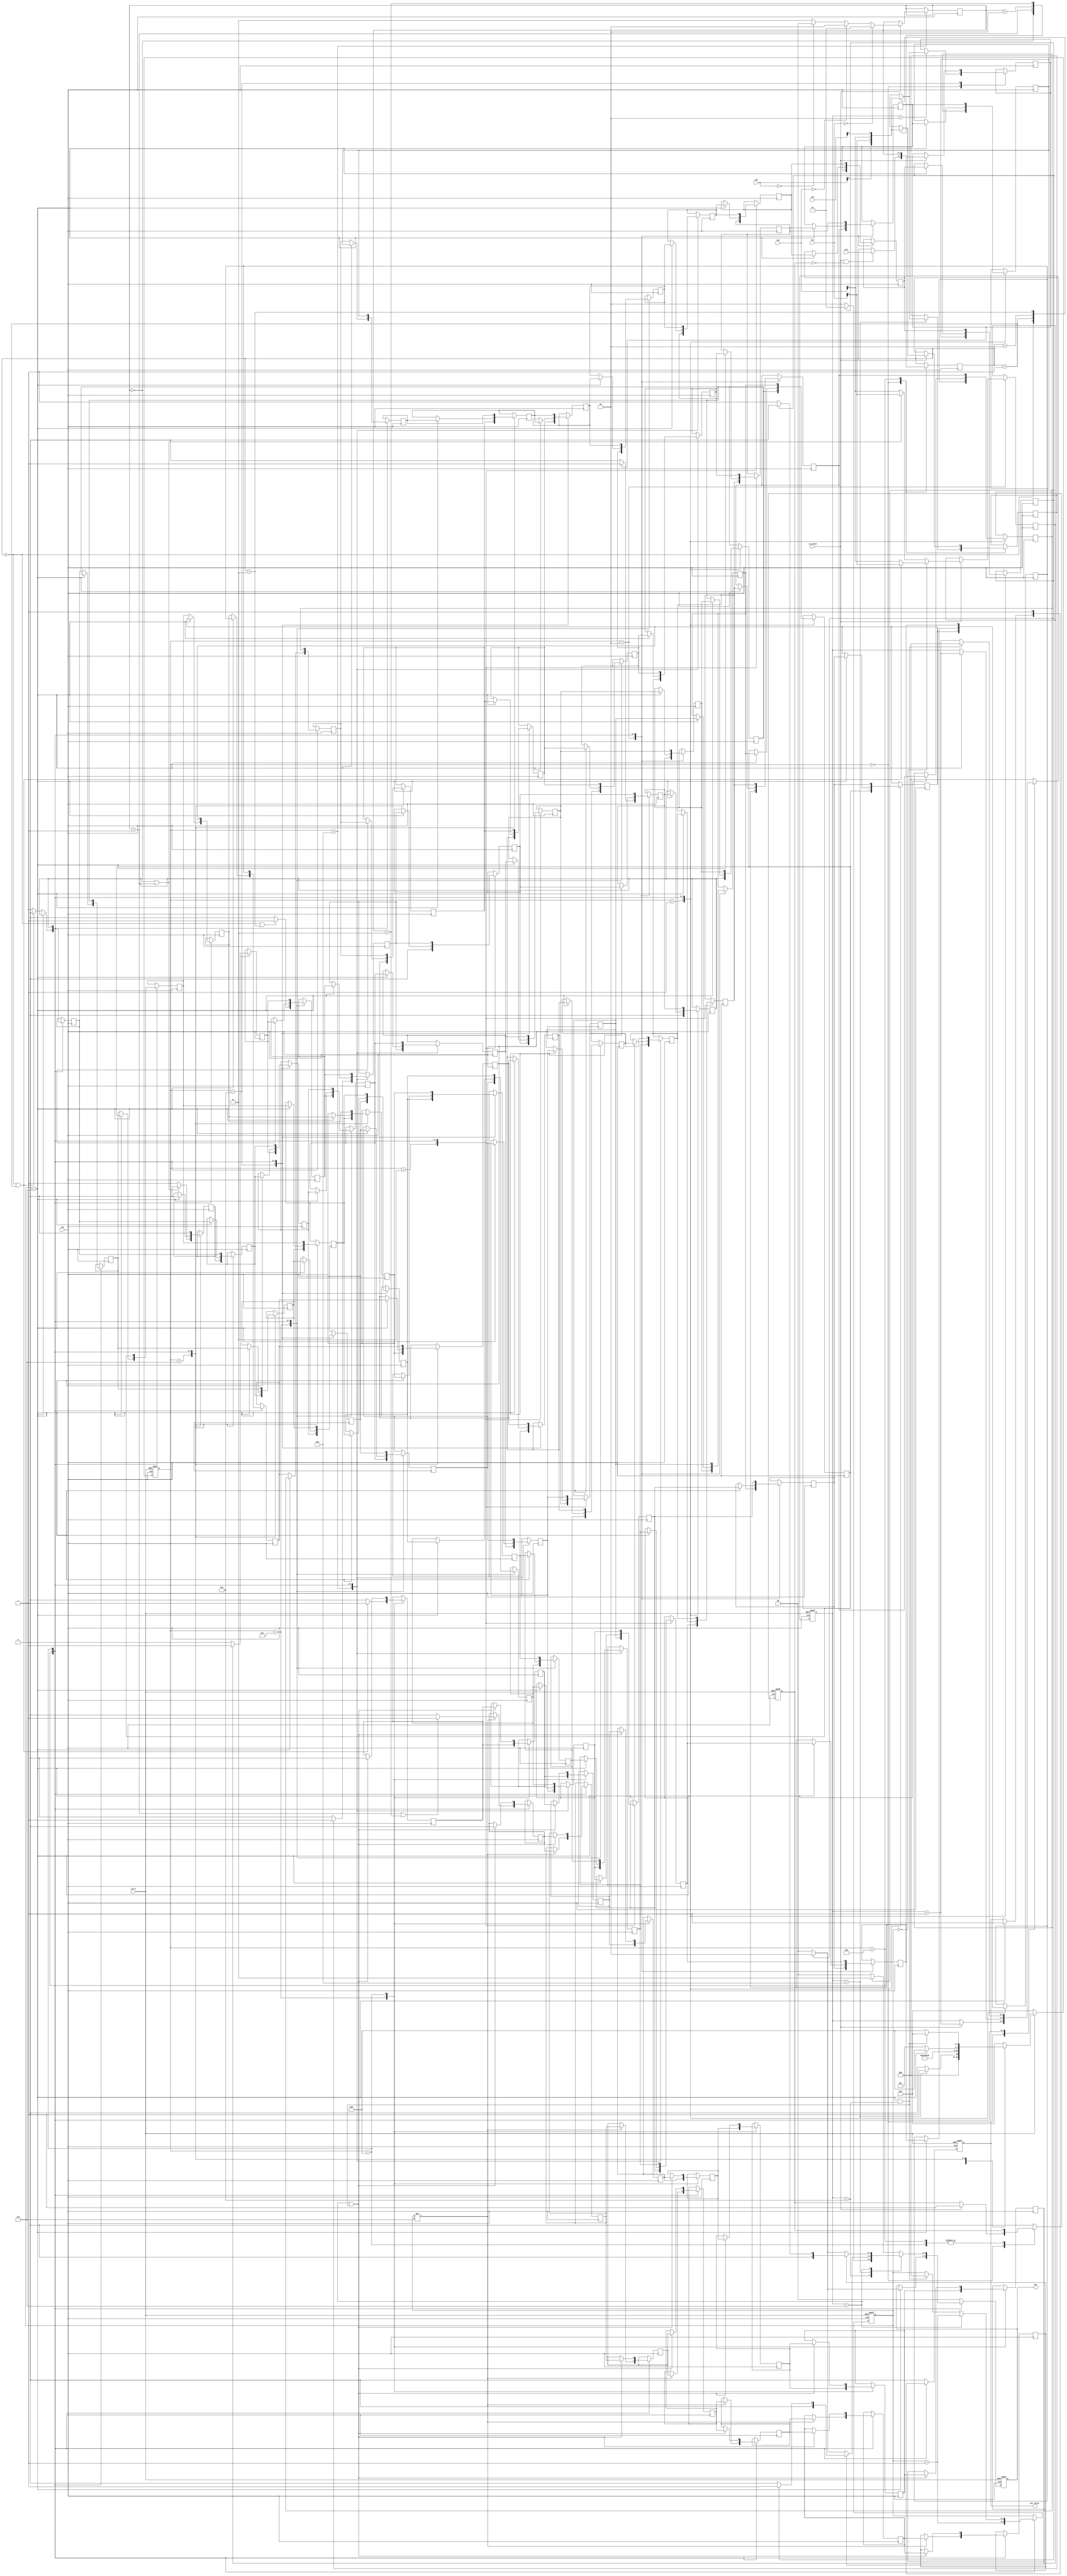
module SUBWAY(
           //Input Port
           clk,
           rst_n,
           in_valid,
           init,
           in0,
           in1,
           in2,
           in3,
           //Output Port
           out_valid,
           out
       );


input clk, rst_n;
input in_valid;
input [1:0] init;
input [1:0] in0, in1, in2, in3;
output reg       out_valid;
output reg [1:0] out;


//==============================================//
//       parameter & integer declaration        //
//==============================================//
parameter IDLE ='d0 ,
          STEP0 ='d1,
          STEP1 ='d2,
          STEP2 ='d3,
          STEP3 ='d4,
          STEP4 ='d5,
          STEP5 ='d6,
          STEP6 ='d7,
          STEP7 ='d8,
          OUTPUT='d9;


//==============================================//
//           reg & wire declaration             //
//==============================================//
reg [3:0] current_state,next_state;
reg out_reg[0:62];
reg [1:0]set_row,next_row;
reg[2:0] inflag;
reg flag;
reg [2:0]round;
reg map2,map4,map6;
reg control4[0:7];
reg control7[0:6];
wire in_row[0:3];
assign in_row[0]=in0[0];
assign in_row[1]=in1[0];
assign in_row[2]=in2[0];
assign in_row[3]=in3[0];
//==============================================//
//                  design                      //
//==============================================//
//current_state
always @(posedge clk or negedge rst_n) begin
    if(!rst_n) current_state <= IDLE;
    else  current_state <=next_state;
end
//next state
always @(*) begin
    if (!rst_n) next_state=IDLE;
    else begin
        case (current_state)
            IDLE:begin
                if(inflag==4)
                    next_state=STEP0;
                else
                    next_state=IDLE;
            end
            STEP0:next_state=STEP1;
            STEP1:next_state=STEP2;
            STEP2:next_state=STEP3;
            STEP3:next_state=STEP4;
            STEP4:next_state=STEP5;
            STEP5:next_state=STEP6;
            STEP6:next_state=STEP7;
            STEP7:begin
                if (round==3'd7) begin
                    next_state=OUTPUT;
                end
                else
                    next_state=STEP0;
            end
            OUTPUT:begin
                if (round==3'd7&&inflag==3'd6) begin
                    next_state=IDLE;
                end
                else
                    next_state=OUTPUT;
            end
            default:next_state=IDLE;
        endcase
    end
end

always @(posedge clk or negedge rst_n) begin
    if(!rst_n)begin
        inflag<=0;
        flag<=0;
    end
    else begin
        case (current_state)
            IDLE:begin
                if(in_valid)
                begin
                    inflag<=inflag+1;
                    flag<=1;
                end

            end
            STEP7:begin
                if(round==3'd7)
                    inflag<=inflag+1;
            end
            OUTPUT:begin
                if(round==3'd7&&inflag==3'd6)
                    inflag<=0;
                else
                    inflag<=inflag+1;

            end
            default:
            begin
                inflag<=0;
                flag<=0;
            end
        endcase
    end
end
always @(posedge clk or negedge rst_n) begin
    if(!rst_n)
    begin
        round<=0;
    end
    else
    begin
        case (current_state)

            STEP7: begin
                round<=round+1;
            end
            OUTPUT:begin
                if(inflag==3'd7)
                    round<=round+1;
                else if(round==3'd7&&inflag==3'd6)
                    round<=0;
                else
                    round<=round;
            end

            default: round<=round;
        endcase
    end
end

always @(posedge clk /*or negedge rst_n*/) begin
    /*if(!rst_n)begin
        map2<=0;
        map4<=0;
        map6<=0;
    end
    else */begin
        case (current_state)
            IDLE:begin
                if(inflag==3'd2)
                    map2<=in_row[set_row];
                else
                    map2<=map2;
                if(inflag==3'd4)
                    map4<=in_row[set_row];
                else
                    map4<=map4;
            end
            STEP5:begin
                if(in_valid)
                begin
                    map2<=in_row[next_row];
                end
                else
                    map2<=map2;
            end
            STEP7:begin
                if(in_valid)
                begin
                    map4<=in_row[next_row];
                end
                else
                    map4<=map4;
            end
            STEP1:begin
                if(in_valid)
                begin
                    if(round==0)
                    begin
                        if(set_row==0||set_row==1)
                            map6<=in_row[1];
                        else
                            map6<=in_row[2];
                    end
                    else
                    begin
                        if(next_row==0||next_row==1)
                            map6<=in_row[1];
                        else
                            map6<=in_row[2];
                    end

                end
                else
                    map6<=map6;
            end

            default: begin
                map2<=map2;
                map4<=map4;
                map6<=map6;
            end
        endcase
    end
end

always @(posedge clk /*or negedge rst_n*/) begin
    /*if(!rst_n)begin
        next_row<=0;
    end
    else*/
    begin
        case (current_state)
            STEP3:begin
                if (in_valid) begin
                    if(in1==0)
                        next_row<=1;
                    else if(in2==0)
                        next_row<=2;
                    else if(in0==0)
                        next_row<=0;
                    else
                        next_row<=3;
                end
                else
                    next_row<=next_row;
            end
            default: next_row<=next_row;
        endcase
    end
end
always @(posedge clk /*or negedge rst_n*/) begin
    /*if (!rst_n) begin
        set_row<=0;
    end
    else */begin
        case (current_state)
            IDLE:begin
                if (in_valid&&!flag) begin
                    set_row<=init;
                end
                else
                    set_row<=set_row;
            end
            STEP7:begin
                set_row<=next_row;
            end
            default: begin
                set_row<=set_row;
            end
        endcase
    end
end
integer i;
always @(posedge clk /*or negedge rst_n*/) begin
    /*if (!rst_n) begin
        for(i=0;i<63;i=i+1)
        begin
            out_reg[i]<=0;
        end
    end
    else*/
    begin
        case (current_state)
            STEP0:begin
                out_reg[56]<=0;
                out_reg[48]<=out_reg[56];
                out_reg[40]<=out_reg[48];
                out_reg[32]<=out_reg[40];
                out_reg[24]<=out_reg[32];
                out_reg[16]<=out_reg[24];
                out_reg[8]<=out_reg[16];
                out_reg[0]<=out_reg[8];
            end
            STEP1:begin
                if(map2==2'b01)
                    out_reg[57]<=1;
                else
                    out_reg[57]<=0;
                out_reg[1]<=out_reg[9];
                out_reg[9]<=out_reg[17];
                out_reg[17]<=out_reg[25];
                out_reg[25]<=out_reg[33];
                out_reg[33]<=out_reg[41];
                out_reg[41]<=out_reg[49];
                out_reg[49]<=out_reg[57];

            end
            STEP2:begin
                out_reg[58]<=0;
                out_reg[2]<=out_reg[10];
                out_reg[10]<=out_reg[18];
                out_reg[18]<=out_reg[26];
                out_reg[26]<=out_reg[34];
                out_reg[34]<=out_reg[42];
                out_reg[42]<=out_reg[50];
                out_reg[50]<=out_reg[58];


            end
            STEP3:begin
                if(map4==2'b01)
                    out_reg[59]<=1;
                else
                    out_reg[59]<=0;
                out_reg[3]<=out_reg[11];
                out_reg[11]<=out_reg[19];
                out_reg[19]<=out_reg[27];
                out_reg[27]<=out_reg[35];
                out_reg[35]<=out_reg[43];
                out_reg[43]<=out_reg[51];
                out_reg[51]<=out_reg[59];
            end
            STEP4:begin
                if (set_row==0||set_row==3)
                    out_reg[60]<=1;
                else
                    out_reg[60]<=0;
                out_reg[4]<=out_reg[12];
                out_reg[12]<=out_reg[20];
                out_reg[20]<=out_reg[28];
                out_reg[28]<=out_reg[36];
                out_reg[36]<=out_reg[44];
                out_reg[44]<=out_reg[52];
                out_reg[52]<=out_reg[60];

            end
            STEP5:begin
                if(map6==2'b01)
                    out_reg[61]<=1;
                else
                    out_reg[61]<=0;
                out_reg[5]<=out_reg[13];
                out_reg[13]<=out_reg[21];
                out_reg[21]<=out_reg[29];
                out_reg[29]<=out_reg[37];
                out_reg[37]<=out_reg[45];
                out_reg[45]<=out_reg[53];
                out_reg[53]<=out_reg[61];

            end
            STEP6:begin
                begin
                    if(next_row==0||next_row==1)
                        out_reg[62]<=0;
                    else
                        out_reg[62]<=1;
                    out_reg[6]<=out_reg[14];
                    out_reg[14]<=out_reg[22];
                    out_reg[22]<=out_reg[30];
                    out_reg[30]<=out_reg[38];
                    out_reg[38]<=out_reg[46];
                    out_reg[46]<=out_reg[54];
                    out_reg[54]<=out_reg[62];
                end


            end
            STEP7:begin
                if(round==7)
                begin
                    for (i = 0; i<61; i=i+1) begin
                        out_reg[i]<=out_reg[i+1];
                    end
                    out_reg[62]<=0;
                end
                else
                begin
                    if(set_row==0||set_row==1)
                        out_reg[55]<=0;
                    else
                        out_reg[55]<=1;
                    out_reg[7]<=out_reg[15];
                    out_reg[15]<=out_reg[23];
                    out_reg[23]<=out_reg[31];
                    out_reg[31]<=out_reg[39];
                    out_reg[39]<=out_reg[47];
                    out_reg[47]<=out_reg[55];
                end


            end
            OUTPUT:begin
                for (i = 0; i<61; i=i+1) begin
                    out_reg[i]<=out_reg[i+1];
                end
                out_reg[62]<=0;
            end

            default:begin
                for(i=0;i<63;i=i+1)
                begin
                    out_reg[i]<=out_reg[i];
                end
            end
        endcase
    end
end
always @(posedge clk /*or negedge rst_n*/) begin
    /*if(!rst_n)
    begin
        for (i = 0; i<8;i=i+1 ) begin
            control4[i]<=0;
        end
        for (i = 0; i<7;i=i+1 ) begin
            control7[i]<=0;
        end
    end
    else */begin
        case (current_state)
            STEP4:begin
                if(set_row==0||set_row==1)
                    control4[7]<=1;
                else
                    control4[7]<=0;
                control4[0]<=control4[1];
                control4[1]<=control4[2];
                control4[2]<=control4[3];
                control4[3]<=control4[4];
                control4[4]<=control4[5];
                control4[5]<=control4[6];
                control4[6]<=control4[7];
            end
            STEP7:begin
                if(round!=3'd7)
                begin
                    if(next_row==1||next_row==3)
                        control7[6]<=1;
                    else
                        control7[6]<=0;
                    control7[0]<=control7[1];
                    control7[1]<=control7[2];
                    control7[2]<=control7[3];
                    control7[3]<=control7[4];
                    control7[4]<=control7[5];
                    control7[5]<=control7[6];
                end
                else
                begin
                    for (i = 0; i<7;i=i+1 ) begin
                        control7[i]<=control7[i];
                    end
                end
            end
            OUTPUT:begin
                if(inflag==3'd7||(round==3'd7&&inflag==3'd6)) begin
                    for (i = 0; i<7;i=i+1 ) begin
                        control4[i]<=control4[i+1];
                    end
                    for (i = 0; i<6;i=i+1 ) begin
                        control7[i]<=control7[i+1];
                    end
                    control4[7]<=0;
                    control7[6]<=0;
                end
                else
                begin
                    for (i = 0; i<8;i=i+1 ) begin
                        control4[i]<=control4[i];
                    end
                    for (i = 0; i<7;i=i+1 ) begin
                        control7[i]<=control7[i];
                    end
                end
            end
            default:begin
                for (i = 0; i<8;i=i+1 ) begin
                    control4[i]<=control4[i];
                end
                for (i = 0; i<7;i=i+1 ) begin
                    control7[i]<=control7[i];
                end
            end
        endcase
    end
end
//output
always @(posedge clk or negedge rst_n) begin
    if (!rst_n) begin
        out<=0;
        out_valid<=0;
    end
    else
    begin
        case (current_state)
            //STEP3:out_valid<=1;
            IDLE:begin
                out<=0;
                out_valid<=0;
            end
            STEP7:begin
                if(round==3'd7)
                begin
                    if(out_reg[0]==0)
                        out<=0;
                    else
                        out<=2;
                    out_valid<=1;
                end
            end
            OUTPUT:begin

                out_valid<=1;
                case (inflag)
                    'd6:begin
                        if(out_reg[0]==0)
                            out<=2;
                        else
                            out<=1;

                    end
                    'd4:begin
                        if(control4[0]==0)
                        begin
                            if(out_reg[0]==0)
                                out<=0;
                            else
                                out<=2;
                        end
                        else
                        begin
                            if(out_reg[0]==0)
                                out<=0;
                            else
                                out<=1;
                        end
                    end
                    'd7:begin
                        if (control7[0]==0) begin
                            if(out_reg[0]==0)
                                out<=0;
                            else
                                out<=2;
                        end
                        else
                        begin
                            if(out_reg[0]==0)
                                out<=1;
                            else
                                out<=0;
                        end
                    end
                    default:begin
                        if(out_reg[0]==0)
                            out<=0;
                        else
                            out<=3;
                    end
                endcase
            end
            default:begin
                out<=0;
                out_valid<=0;
            end
        endcase
    end
end


endmodule